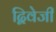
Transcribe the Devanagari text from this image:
द्विवेजी